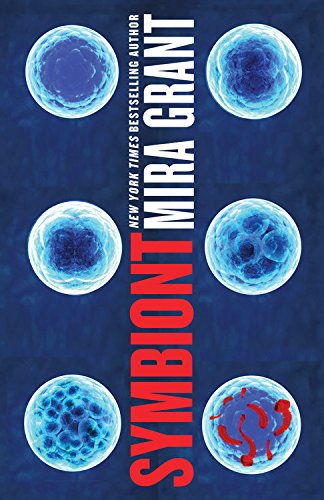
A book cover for Symbiont (Parasitology); Mira Grant; Mystery, Thriller & Suspense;